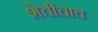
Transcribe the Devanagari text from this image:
शेतीचाच